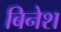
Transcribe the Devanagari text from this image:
बिनेश